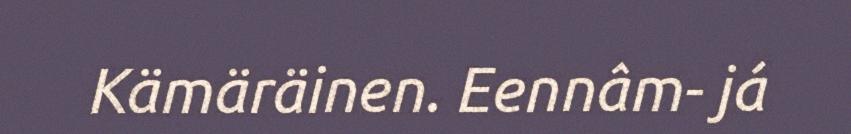
Kämäräinen. Eennâm- já